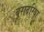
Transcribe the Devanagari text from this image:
बरादरिया